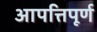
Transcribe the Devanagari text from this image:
आपत्तिपूर्ण